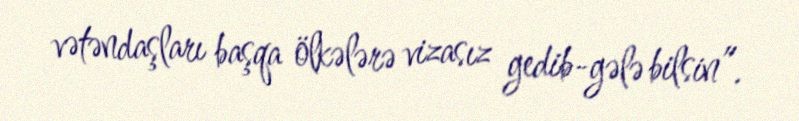
vətəndaşları başqa ölkələrə vizasız gedib-gələ bilsin”.